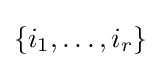
\{i_{1},\ldots ,i_{r}\}